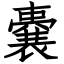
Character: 嚢